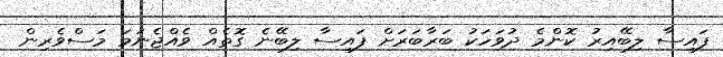
ފައިސާ ލިބޭއިރު ކޮންމެ ދުވަހަކު ބަރާބަރަށް ފައިސާ ލިބޭނެ ގޮތެއް ވެއްޖެނަމަ މަސްވެރިން